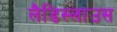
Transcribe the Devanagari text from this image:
लैडिस्लाउस